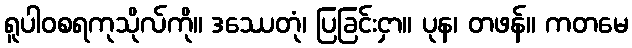
ရူပါဝစရကုသိုလ်ကို။ ဒဿေတုံ၊ ပြခြင်းငှာ။ ပုန၊ တဖန်။ ကတမေ